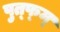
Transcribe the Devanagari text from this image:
पुत्फ्म्